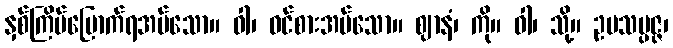
နှစ်ကြိမ်မြောက်ရအပ်သော။ ဝါ၊ ဝင်စားအပ်သော။ ဈာနံ၊ ကို။ ဝါ၊ သို့။ ဥပသမ္ပဇ္ဇ၊